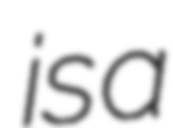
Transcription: is a